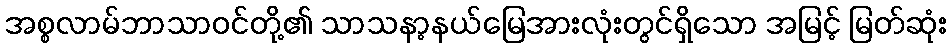
အစ္စလာမ်ဘာသာဝင်တို့၏ သာသနာ့နယ်မြေအားလုံးတွင်ရှိသော အမြင့် မြတ်ဆုံး